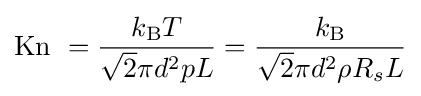
\mathrm {Kn} \ ={\frac {k_{\text{B}}T}{{\sqrt {2}}\pi d^{2}pL}}={\frac {k_{\text{B}}}{{\sqrt {2}}\pi d^{2}\rho R_{s}L}}